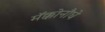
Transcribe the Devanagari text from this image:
मॅक्कोनौघे